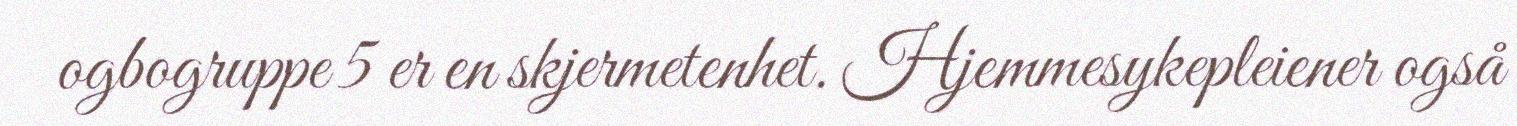
ogbogruppe 5 er en skjermetenhet. Hjemmesykepleiener også